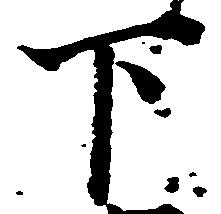
下